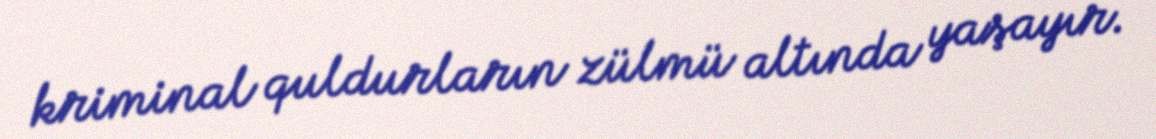
kriminal quldurların zülmü altında yaşayır.